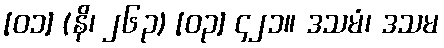
[၀၁] (နိ၊ ၂၆၃) [၀၃] ၄၂၁။ ဒသမံ၊ ဒသမ